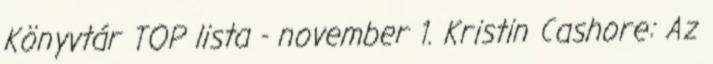
Könyvtár TOP lista - november 1. Kristin Cashore: Az